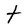
Character: t